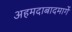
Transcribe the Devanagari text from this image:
अहमदाबादमार्गे